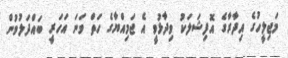
މަޖިލީހުގެ އިދާރާގެ އޮފިޝަލަކު ވިދާޅުވީ އެ ޖަމިއްޔާގެ ހަތް ވަނަ އަހަރީ ބައްދަލުވުން